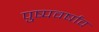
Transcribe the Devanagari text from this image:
पुष्पवर्षाव